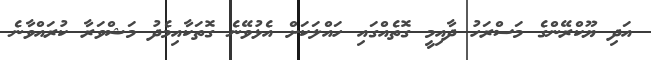
އަދި ޔޫކްރޭންގެ މަސްރަހު ދާއިމީ ގޮތެއްގައި ހައްލަކަށް އެޅުވޭނެ ގޮތަކާއިމެދު މަޝްވަރާ ކުރައްވާނެ